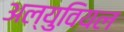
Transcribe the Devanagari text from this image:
अल्युवियल